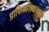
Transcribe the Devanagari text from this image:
ग्राफिकशिवायच्या